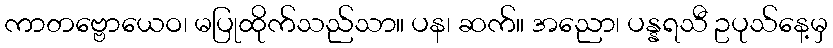
ကာတဗ္ဗောယေဝ၊ မပြုထိုက်သည်သာ။ ပန၊ ဆက်။ အညော၊ ပန္နရသီ ဥပုသ်နေ့မှ